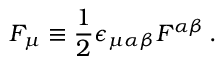
F _ { \mu } \equiv { \frac { 1 } { 2 } } \epsilon _ { \mu \alpha \beta } F ^ { \alpha \beta } \, .